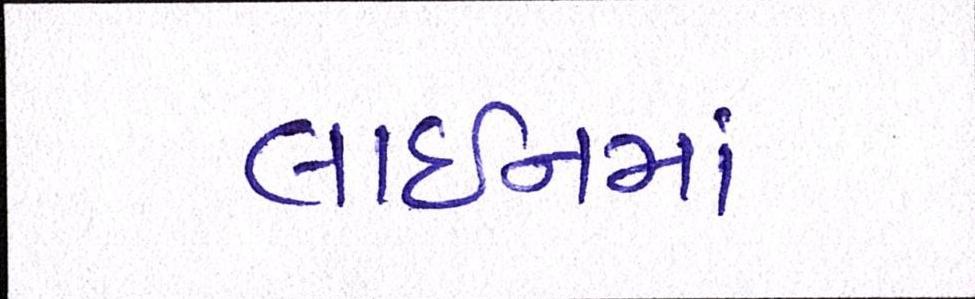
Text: લાઈનમાં